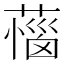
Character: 𦼝